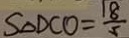
S _ { \Delta D C O } = \frac { 1 8 } { 5 }